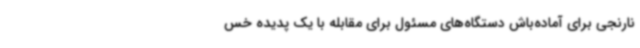
نارنجی برای آماده‌باش دستگاه‌های مسئول برای مقابله با یک پدیده خس